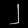
Digit: ၂